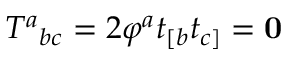
T ^ { a } { } _ { b c } = 2 \varphi ^ { a } t _ { [ b } t _ { c ] } = \mathbf { 0 }